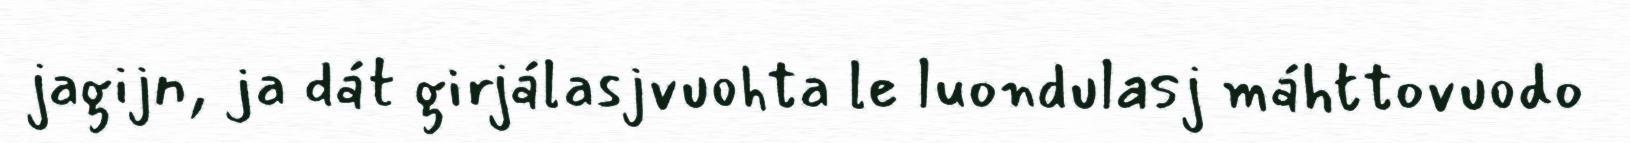
jagijn, ja dát girjálasjvuohta le luondulasj máhttovuodo